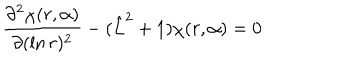
\frac { \partial ^ { 2 } \chi ( r , { \bf \alpha } ) } { \partial ( \ln r ) ^ { 2 } } - ( \hat { L } ^ { 2 } + 1 ) \chi ( r , { \bf \alpha } ) = 0